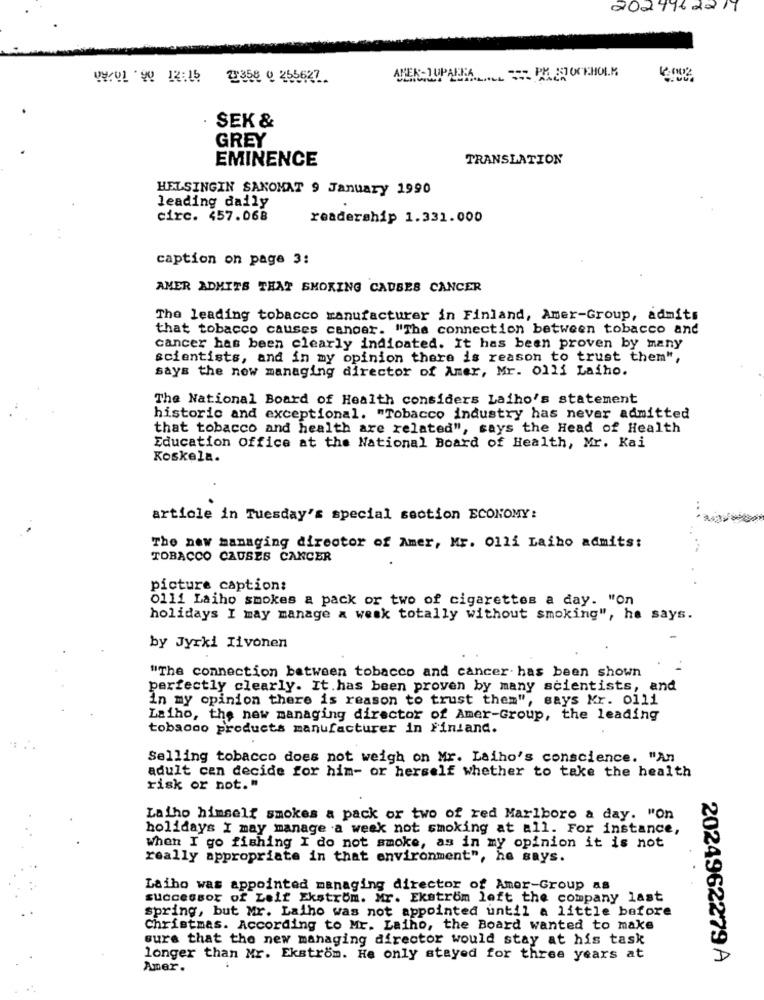
2024962217
77358 0 255627
SEK &
GREY
EMINENCE
TRANSLATION
HELSINGIN SANOMAT 9 January 1990
leading daily
circ. 457.068
readership 1.331.000
caption on page 3:
AMER ADMITS THAT SMOKING CAUSES CANCER
The leading tobacco manufacturer in Finland, Amer-Group, admits
that tobacco causes cancer. "The connection between tobacco and
cancer has been clearly indicated. It has been proven by many
scientists, and in my opinion there is reason to trust them",
says the new managing director of Amer, Mr. 0111 Laiho.
The National Board of Health considers Laiho's statement
historic and exceptional. "Tobacco industry has never admitted
that tobacco and health are related", says the Head of Health
Education Office at the National Board of Health, Mr. Kai
Koskela.
article in Tuesday's special section ECONOMY:
The new managing director of Amer, Mr. 011i Laiko admits:
TOBACCO CAUSES CANCER
picture caption:
0111 Laiho smokes a pack or two of cigarettes a day. "On
holidays I may manage a weak totally without smoking", he says.
by Jyrki Iivonen
"The connection between tobacco and cancer. has been shown
perfectly clearly. It.has been proven by many scientists, and
in my opinion there is reason to trust them", says Mr. olli
Laiho, the new managing director of Amer-Group, the leading
tobacco products manufacturer in Finland.
Selling tobacco does not weigh on Mr. Laiho's conscience. "An
adult cen decide for him- or herself whether to take the health
risk or not."
Lalho himself smokes a pack or two of red Marlboro a day. "on
holidays I may manage .a week not smoking at all. For instance,
When I go fishing I do not smoke, as in my opinion it is not
really appropriate in that environment", he says.
Laiho was appointed managing director of Amor-Group as
successor of Leif Ekström. Mr. Ekstrom loft the company last
spring, but Mr. Lalho was not appointed until a little before
Christmas. According to Mr. Laiho, the Board wanted to make
sure that the new managing director would stay at his task
longer than Mr. Ekstrom. He only stayed for three years at
2024962279 A
Amer.